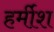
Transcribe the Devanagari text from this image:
हर्मीश